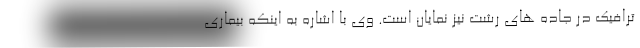
ترافیک در جاده های رشت نیز نمایان است. وی با اشاره به اینکه بیماری